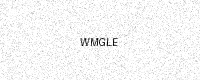
Text: WMGLE